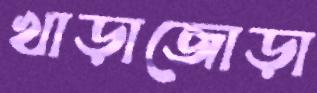
খাড়াজোড়া